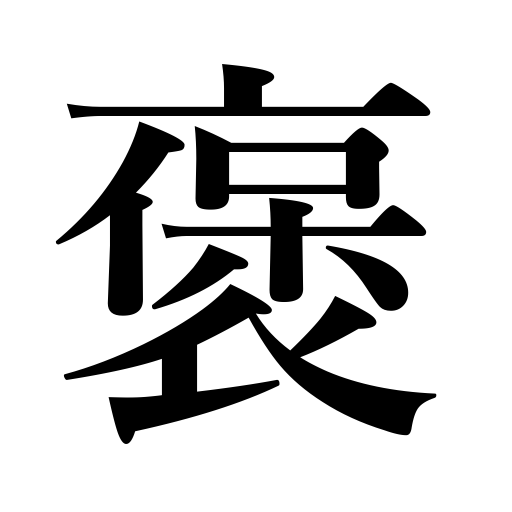
Meanings: extol,commend,praise